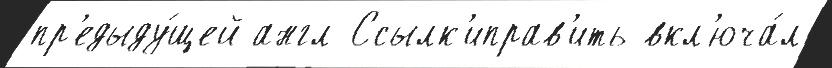
пр'едыду́щей англ Ссылк'иправ'ить вкл'юча́л